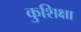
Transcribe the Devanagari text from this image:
कुशिक्षा